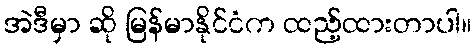
အဲဒီမှာ ဆို မြန်မာနိုင်ငံက ထည့်ထားတာပါ။